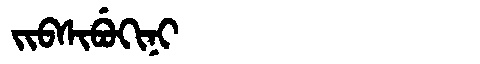
Manchu: ᠵᡳᠪᠰᡳᠪᡠᡴᡳᠨᡳ
Romanization: JIBSIBUKINI